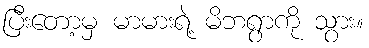
ပြီးတော့မှ မာမားရဲ့ မိဘရွာကို သွား။